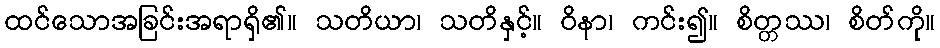
ထင်သောအခြင်းအရာရှိ၏။ သတိယာ၊ သတိနှင့်။ ဝိနာ၊ ကင်း၍။ စိတ္တဿ၊ စိတ်ကို။